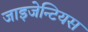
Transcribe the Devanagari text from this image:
जाइजेन्टियस